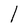
Character: l